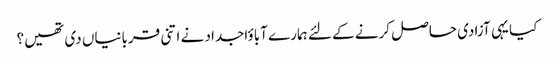
کیا یہی آزادی حاصل کرنے کے لئے ہمارے آباؤاجداد نے اتنی قربانیاں دی تھیں؟